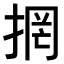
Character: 𭡐